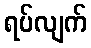
ရပ်လျက်